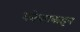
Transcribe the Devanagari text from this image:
कोकावाइन